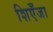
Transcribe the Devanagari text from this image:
शिएँजा